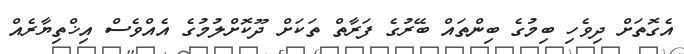
އެގޮތަށް ދިވެހި ބިމުގެ ބިންތައް ބޭރުގެ ފަރާތް ތަކަށް ދޫކޮށްލުމުގެ އެއްވެސް އިޚްތިޔާރެއް